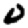
Digit: 0